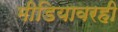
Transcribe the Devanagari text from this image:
मीडियावरही